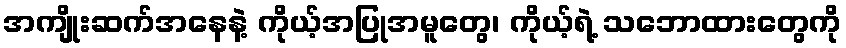
အကျိုးဆက်အနေနဲ့ ကိုယ့်အပြုအမူတွေ၊ ကိုယ့်ရဲ့ သဘောထားတွေကို